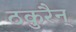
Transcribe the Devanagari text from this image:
ठकुरैन्